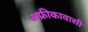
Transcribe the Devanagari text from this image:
अफ्रीकावासी